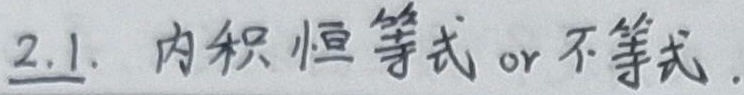
2.1. 内积恒等式 or 不等式.